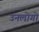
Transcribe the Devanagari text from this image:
उनलोगो